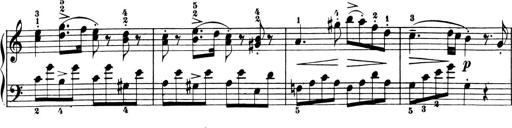
Title: 6 Piano Sonatinas
Composer: Cornelius Gurlitt